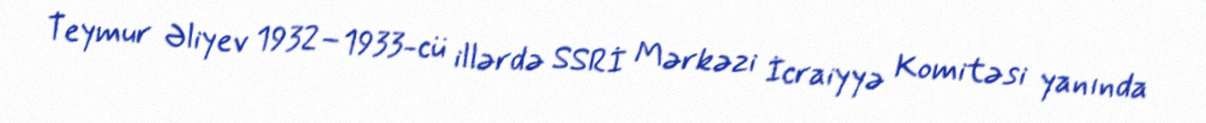
Teymur Əliyev 1932–1933-cü illərdə SSRİ Mərkəzi İcraiyyə Komitəsi yanında